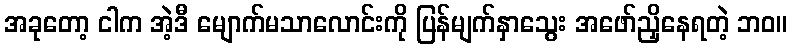
အခုတော့ ငါက အဲ့ဒီ မျောက်မသာလောင်းကို ပြန်မျက်နှာသွေး အဖော်ညှိနေရတဲ့ ဘဝ။